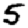
Digit: 5